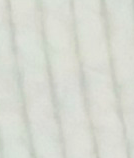
مكتبة الرياض